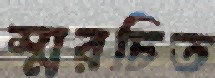
স্মরচিত